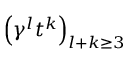
\left( \gamma ^ { l } t ^ { k } \right) _ { l + k \geq 3 }